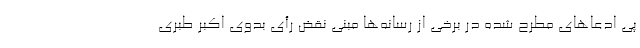
پی ادعاهای مطرح شده در برخی از رسانه‌ها مبنی نقض رأی بدوی اکبر طبری